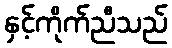
နှင့်ကိုက်ညီသည်